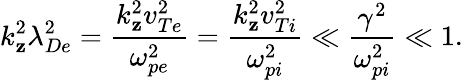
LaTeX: k_{\mathbf{z}}^{2}\lambda_{De}^{2}=\frac{{k_{\mathbf{z}}^{2}v_{Te}^{2}}}{{\omega_{pe}^{2}}}=\frac{{k_{\mathbf{z}}^{2}v_{Ti}^{2}}}{{\omega_{pi}^{2}}}\ll\frac{{\gamma^{2}}}{{\omega_{pi}^{2}}}\ll1.